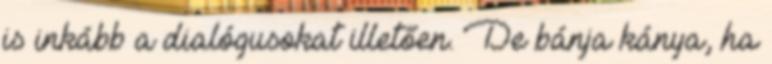
is inkább a dialógusokat illetően. De bánja kánya, ha